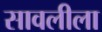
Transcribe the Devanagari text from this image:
सावलीला